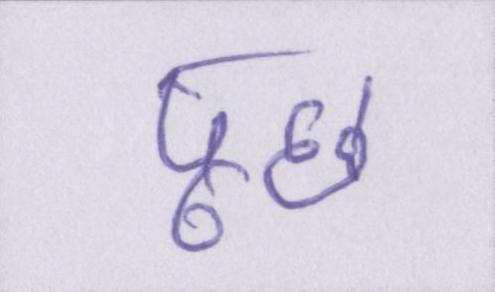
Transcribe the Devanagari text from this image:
पूछ